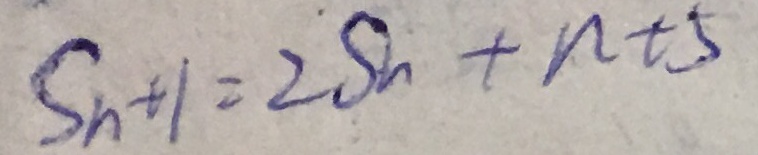
S _ { n + 1 } = 2 S _ { n } + n + 5